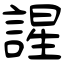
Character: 謃